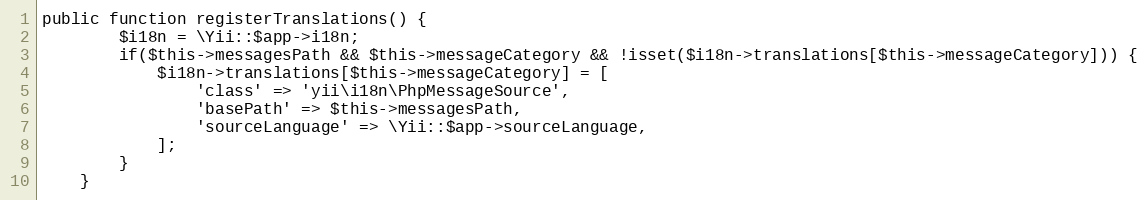
Language: PHP
public function registerTranslations() {
		$i18n = \Yii::$app->i18n;
		if($this->messagesPath && $this->messageCategory && !isset($i18n->translations[$this->messageCategory])) {
			$i18n->translations[$this->messageCategory] = [
				'class' => 'yii\i18n\PhpMessageSource',
				'basePath' => $this->messagesPath,
				'sourceLanguage' => \Yii::$app->sourceLanguage,
			];
		}
	}